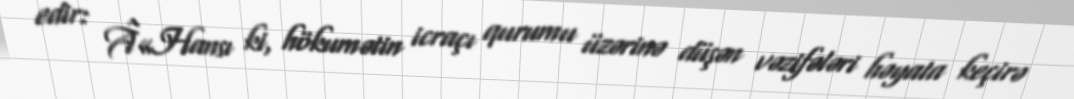
edir: Â«Hansı ki, hökumətin icraçı qurumu üzərinə düşən vəzifələri həyata keçirə